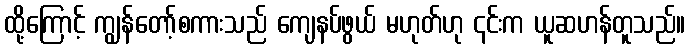
ထို့ကြောင့် ကျွန်တော့်စကားသည် ကျေနပ်ဖွယ် မဟုတ်ဟု ၎င်းက ယူဆဟန်တူသည်။